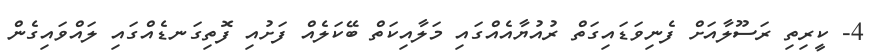
4- ކީރިތި ރަސޫލާއަށް ފެނިވަޑައިގަތް ރުއުޔާއެއްގައި މަލާއިކަތް ބޭކަލެއް ފަށުއި ފޮތިގަނޑެއްގައި ލައްވައިގެން